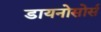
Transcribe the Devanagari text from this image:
डायनोसोर्स